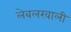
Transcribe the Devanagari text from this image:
लेबलखाली